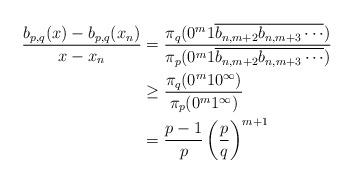
LaTeX: \begin{align*}\frac{b_{p,q}(x)-b_{p,q}(x_n)}{x-x_n} &=\frac{\pi_q(0^m1\overline{b_{n,m+2}b_{n,m+3}\cdots})}{\pi_p(0^m1\overline{b_{n,m+2}b_{n,m+3}\cdots})}\\&\ge \frac{\pi_q(0^m10^{\infty})}{\pi_p(0^m1 ^{\infty})}\\ &=\frac{p-1}{p}\left(\frac{p}{q}\right)^{m+1}\end{align*}